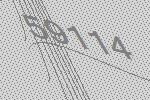
59114